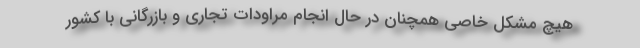
هیچ مشکل خاصی همچنان در حال انجام مراودات تجاری و بازرگانی با کشور